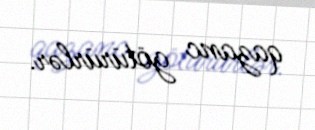
qazanc götürürlər.